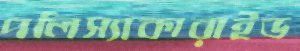
পলিস্যাকারাইড